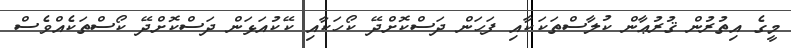
މީގެ އިތުރުން ޤުރުޢާން ކުލާސްތަކަކާއި ފަހަން ދަސްކޮށްދޭ ކޯހަކާއި ކޭކުއަޅަން ދަސްކޮށްދޭ ކޯސްތަކެއްވެސް